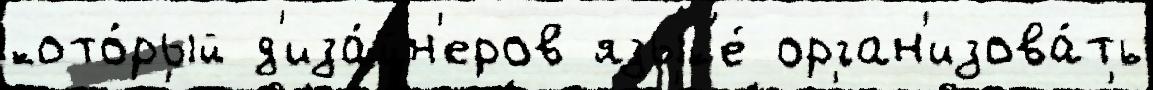
кото́рый д'иза́йн'еров язык'е́ орган'изова́ть